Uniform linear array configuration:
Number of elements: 12
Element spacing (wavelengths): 0.75
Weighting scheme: kaiser
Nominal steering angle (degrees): -15
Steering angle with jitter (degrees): -15.967
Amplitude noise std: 0.05
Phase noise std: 0.05

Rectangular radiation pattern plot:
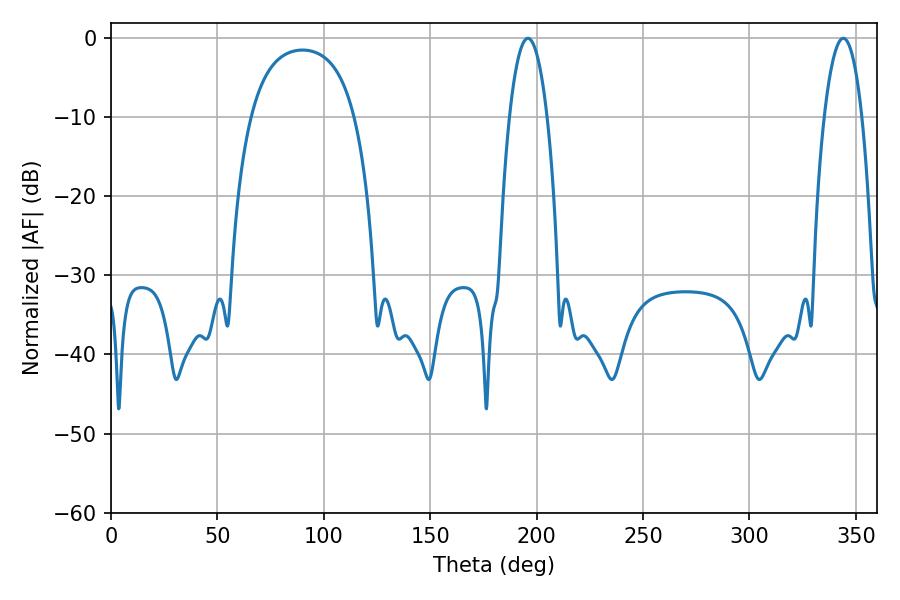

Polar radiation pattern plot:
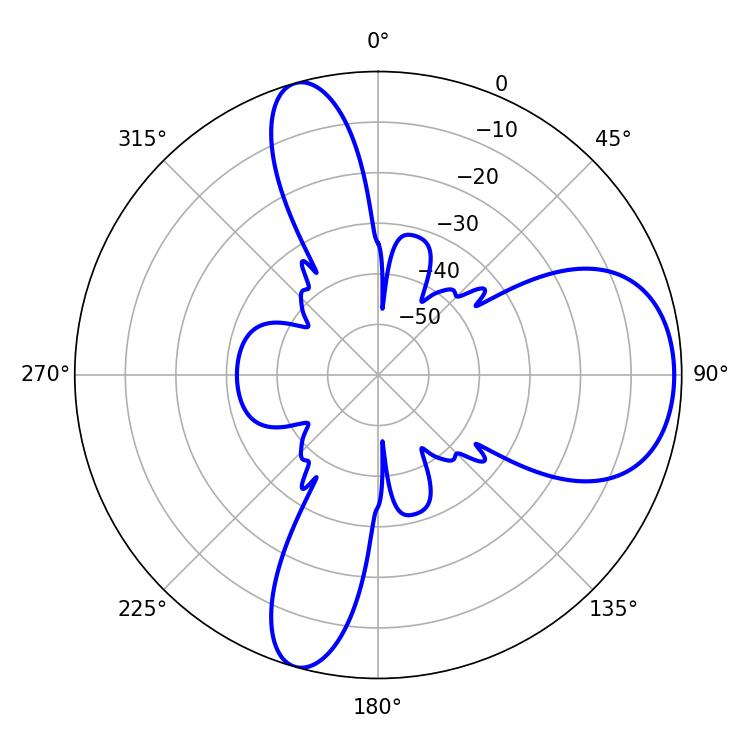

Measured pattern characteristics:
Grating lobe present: TRUE
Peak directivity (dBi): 8.213
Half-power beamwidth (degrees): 9.9
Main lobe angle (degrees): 195.84